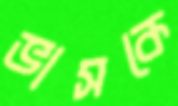
ভাসকে